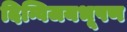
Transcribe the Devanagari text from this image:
दिग्विजयभूषण